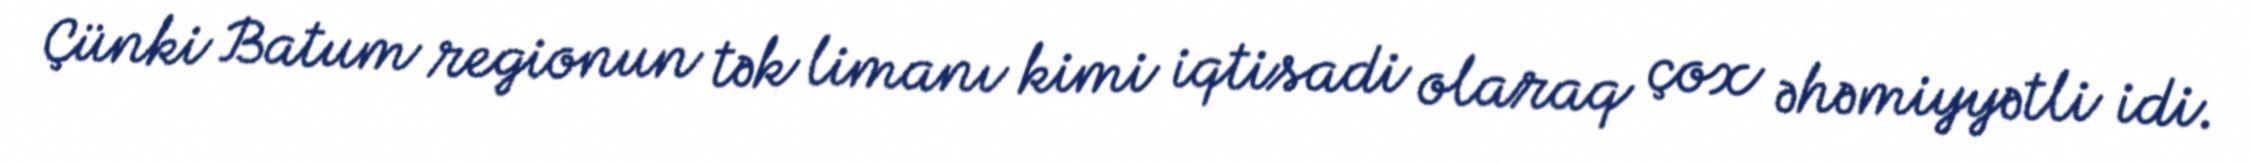
Çünki Batum regionun tək limanı kimi iqtisadi olaraq çox əhəmiyyətli idi.